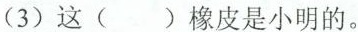
(3)这( )橡皮是小明的。